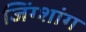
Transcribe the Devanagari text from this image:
जिंग्शांग